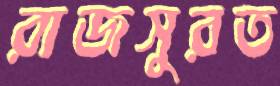
রাজসুরত